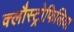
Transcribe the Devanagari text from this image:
क्लौस्ट्रोफिलिया